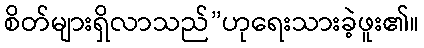
စိတ်များရှိလာသည်”ဟုရေးသားခဲ့ဖူး၏။